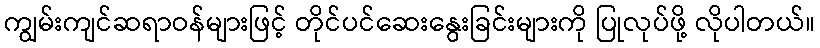
ကျွမ်းကျင်ဆရာဝန်များဖြင့် တိုင်ပင်ဆေးနွေးခြင်းများကို ပြုလုပ်ဖို့ လိုပါတယ်။